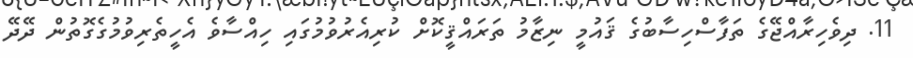
11. ދިވެހިރާއްޖޭގެ ތަފާސްހިސާބުގެ ޤައުމީ ނިޒާމު ތަރައްޤީކޮށް ކުރިއެރުވުމުގައި ހިއްސާވެ އެހީތެރިވުމުގެގޮތުން ދޭދޭ